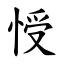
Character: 㥅